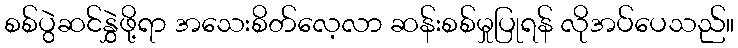
စစ်ပွဲဆင်နွှဲဖို့ရာ အသေးစိတ်လေ့လာ ဆန်းစစ်မှုပြုရန် လိုအပ်ပေသည်။